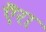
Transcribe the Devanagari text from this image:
ऎरा